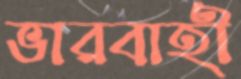
ভারবাহী